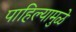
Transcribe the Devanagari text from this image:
पाहिल्यामुळे